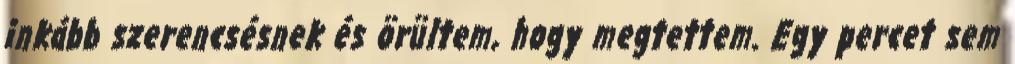
inkább szerencsésnek és örültem, hogy megtettem. Egy percet sem